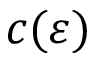
c ( \varepsilon )